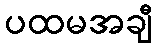
ပထမအချီ